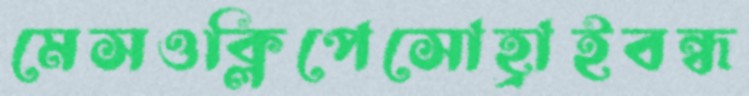
মেসওক্লিপেসোহ্রাইবন্ধ